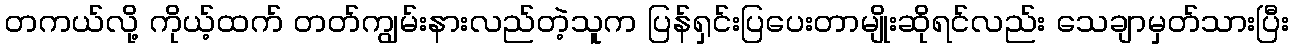
တကယ်လို့ ကိုယ့်ထက် တတ်ကျွမ်းနားလည်တဲ့သူက ပြန်ရှင်းပြပေးတာမျိုးဆိုရင်လည်း သေချာမှတ်သားပြီး